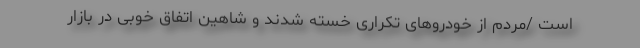
است /مردم از خودروهای تکراری خسته شدند و شاهین اتفاق خوبی در بازار